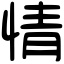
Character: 情